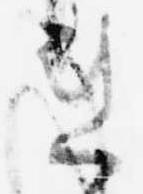
連